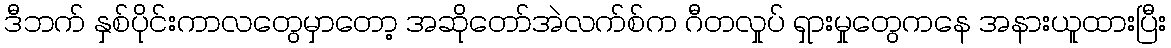
ဒီဘက် နှစ်ပိုင်းကာလတွေမှာတော့ အဆိုတော်အဲလက်စ်က ဂီတလှုပ် ရှားမှုတွေကနေ အနားယူထားပြီး